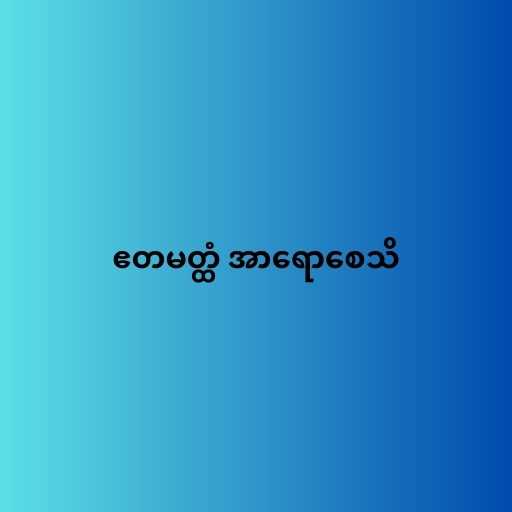
ဧတမတ္ထံ အာရောစေသိ